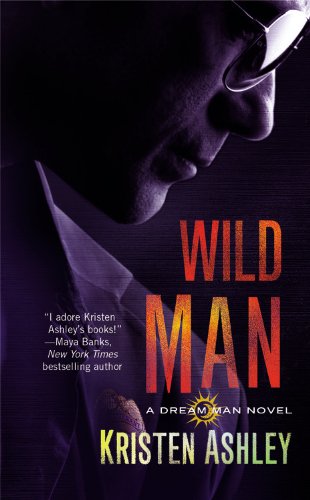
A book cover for Wild Man (Dream Man); Kristen Ashley; Romance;